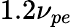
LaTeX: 1.2\nu_{pe}